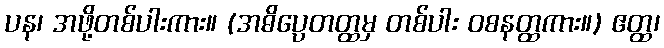
ပန၊ အဖို့တစ်ပါးကား။ (အဓိပ္ပေတတ္ထမှ တစ်ပါး ဝစနတ္ထကား။) ဧတ္ထ၊